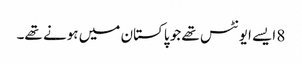
8 ایسے ایونٹس تھے جو پاکستان میں ہونے تھے۔